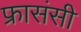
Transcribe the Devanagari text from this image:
फ्रासंसी